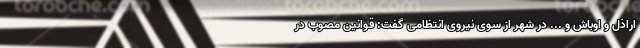
اراذل و اوباش و ... در شهر از سوی نیروی انتظامی گفت: قوانین مصوب در